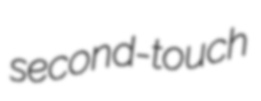
second-touch